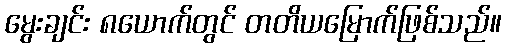
မွေးချင်း ၈ယောက်တွင် တတိယမြောက်ဖြစ်သည်။